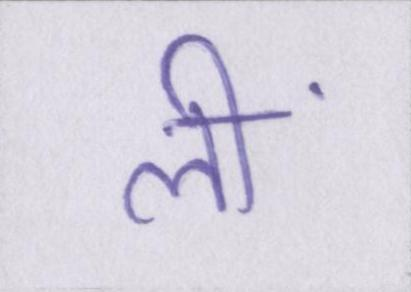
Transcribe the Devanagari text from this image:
लीं